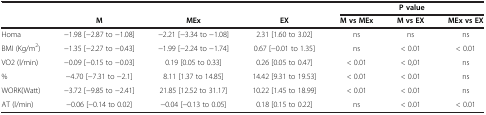
<table><thead><tr><td><b> </b></td><td><b> </b></td><td><b> </b></td><td><b> </b></td><td colspan="3"><b>P value</b></td></tr><tr><td><b> </b></td><td><b>M</b></td><td><b>MEx</b></td><td><b>EX</b></td><td><b>M vs MEx</b></td><td><b>M vs EX</b></td><td><b>MEx vs EX</b></td></tr></thead><tbody><tr><td>Homa</td><td>-1.98 [-2.87 to -1.08]</td><td>-2.21 [-3.34 to -1.08]</td><td>2.31 [1.60 to 3.02]</td><td>ns</td><td>ns</td><td>ns</td></tr><tr><td>BMI (Kg/m<sup>2</sup>)</td><td>-1.35 [-2.27 to -0.43]</td><td>-1.99 [-2.24 to -1.74]</td><td>0.67 [-0.01 to 1.35]</td><td>ns</td><td>&lt; 0.01</td><td>&lt; 0.01</td></tr><tr><td>VO2 (l/min)</td><td>-0.09 [-0.15 to -0.03]</td><td>0.19 [0.05 to 0.33]</td><td>0.26 [0.05 to 0.47]</td><td>&lt; 0.01</td><td>&lt; 0,01</td><td>ns</td></tr><tr><td>%</td><td>-4.70 [-7.31 to -2.1]</td><td>8.11 [1.37 to 14.85]</td><td>14.42 [9.31 to 19.53]</td><td>&lt; 0.01</td><td>&lt; 0.01</td><td>ns</td></tr><tr><td>WORK(Watt)</td><td>-3.72 [-9.85 to -2.41]</td><td>21.85 [12.52 to 31.17]</td><td>10.22 [1.45 to 18.99]</td><td>&lt; 0.01</td><td>&lt; 0.01</td><td>ns</td></tr><tr><td>AT (l/min)</td><td>-0.06 [-0.14 to 0.02]</td><td>-0.04 [-0.13 to 0.05]</td><td>0.18 [0.15 to 0.22]</td><td>ns</td><td>&lt; 0.01</td><td>&lt; 0.01</td></tr></tbody></table>